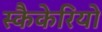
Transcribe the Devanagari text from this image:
स्कैकेरियो